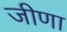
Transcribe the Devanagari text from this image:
जीणा